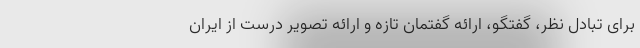
برای تبادل نظر، گفتگو، ارائه گفتمان تازه و ارائه تصویر درست از ایران